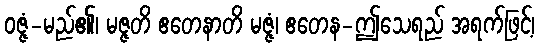
ဝဇ္ဇံ-မည်၏၊ မဇ္ဇတိ ဧတေနာတိ မဇ္ဇံ၊ ဧတေန-ဤသေရည် အရက်ဖြင့်၊